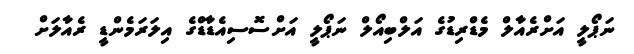
ނަޕޯލީ އަށްރެއާލް މެޑްރިޑުގެ އަލްބިއޯލް ނަޕޯލީ އަށްސޮސިއެޑާޑްގެ އިލަރަމެންޑީ ރެއާލަށް